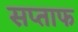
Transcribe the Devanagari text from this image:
सप्ताफ